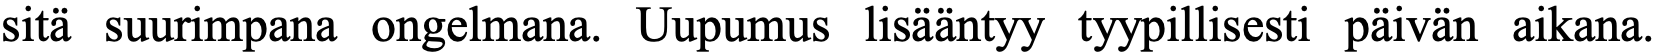
sitä suurimpana ongelmana. Uupumus lisääntyy tyypillisesti päivän aikana.